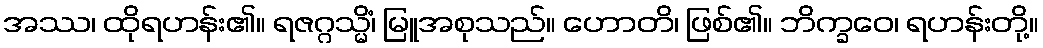
အဿ၊ ထိုရဟန်း၏။ ရဇဂ္ဂသ္မိံ၊ မြူအစုသည်။ ဟောတိ၊ ဖြစ်၏။ ဘိက္ခဝေ၊ ရဟန်းတို့။